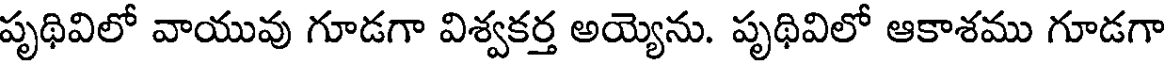
పృథివిలో వాయువు గూడగా విశ్వకర్త అయ్యెను. పృథివిలో ఆకాశము గూడగా